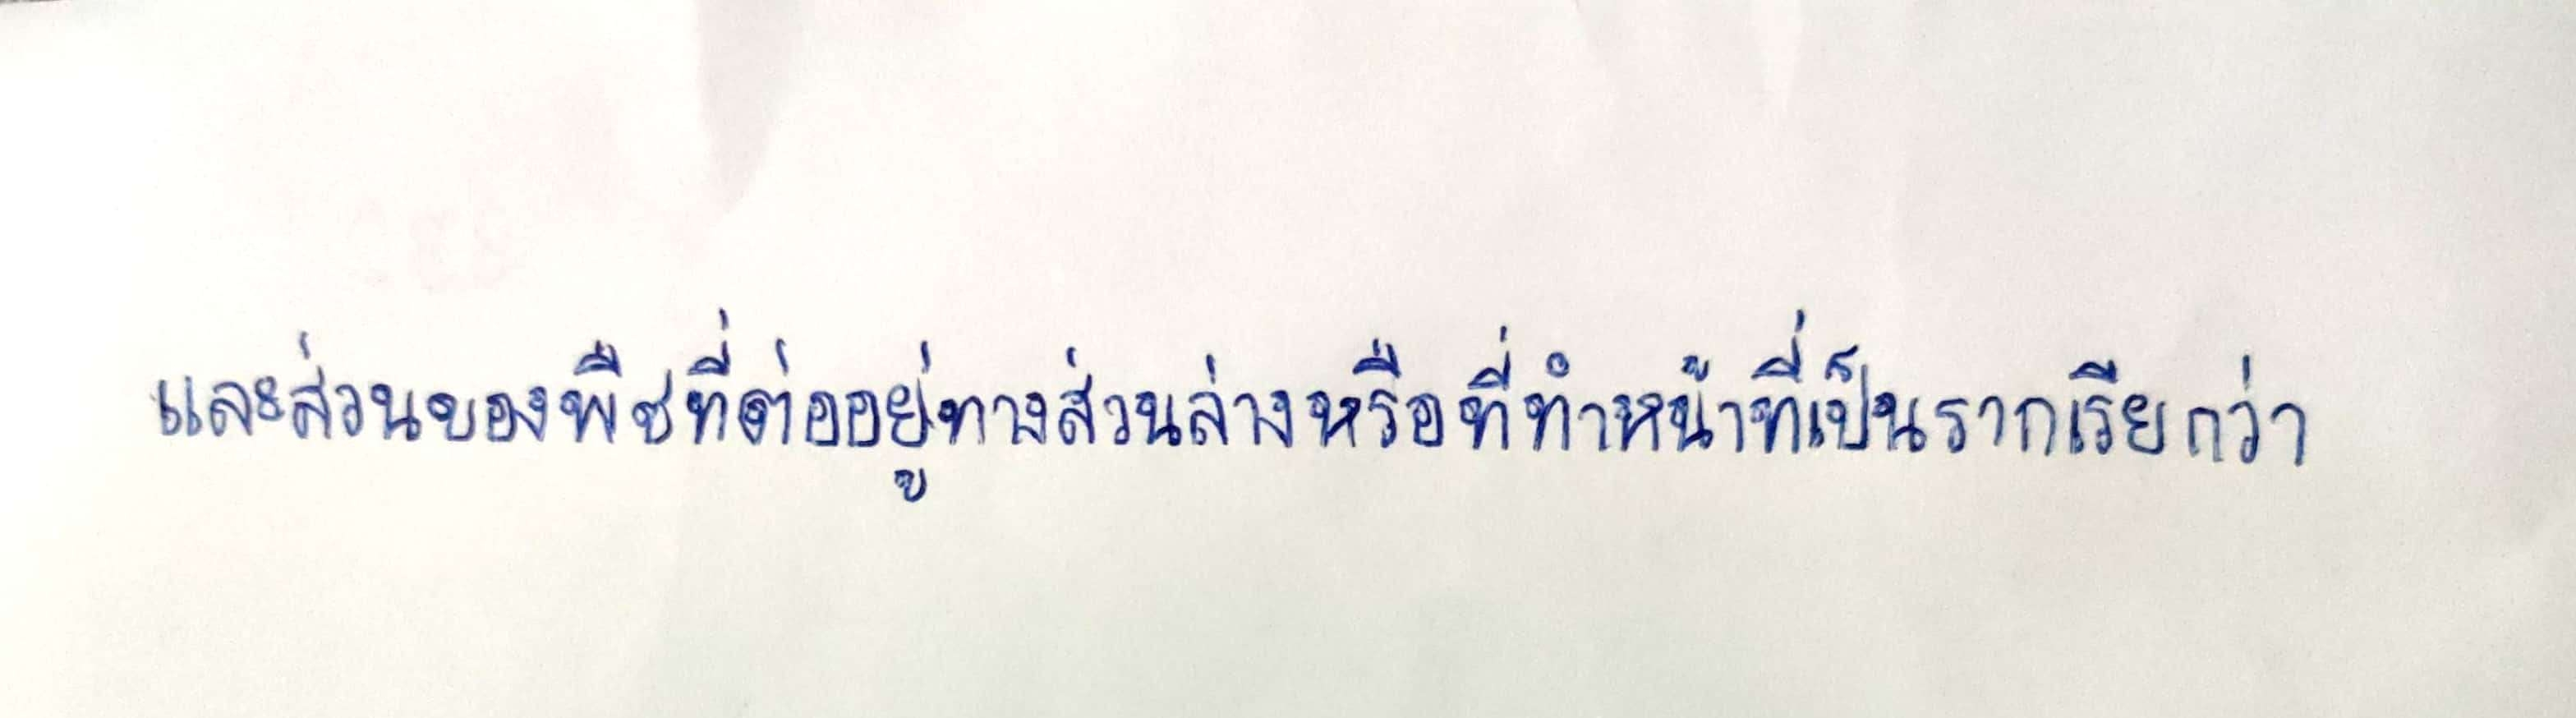
และส่วนของพืชที่ต่ออยู่ทางส่วนล่างหรือที่ทำหน้าที่เป็นรากเรียกว่า